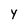
Character: y